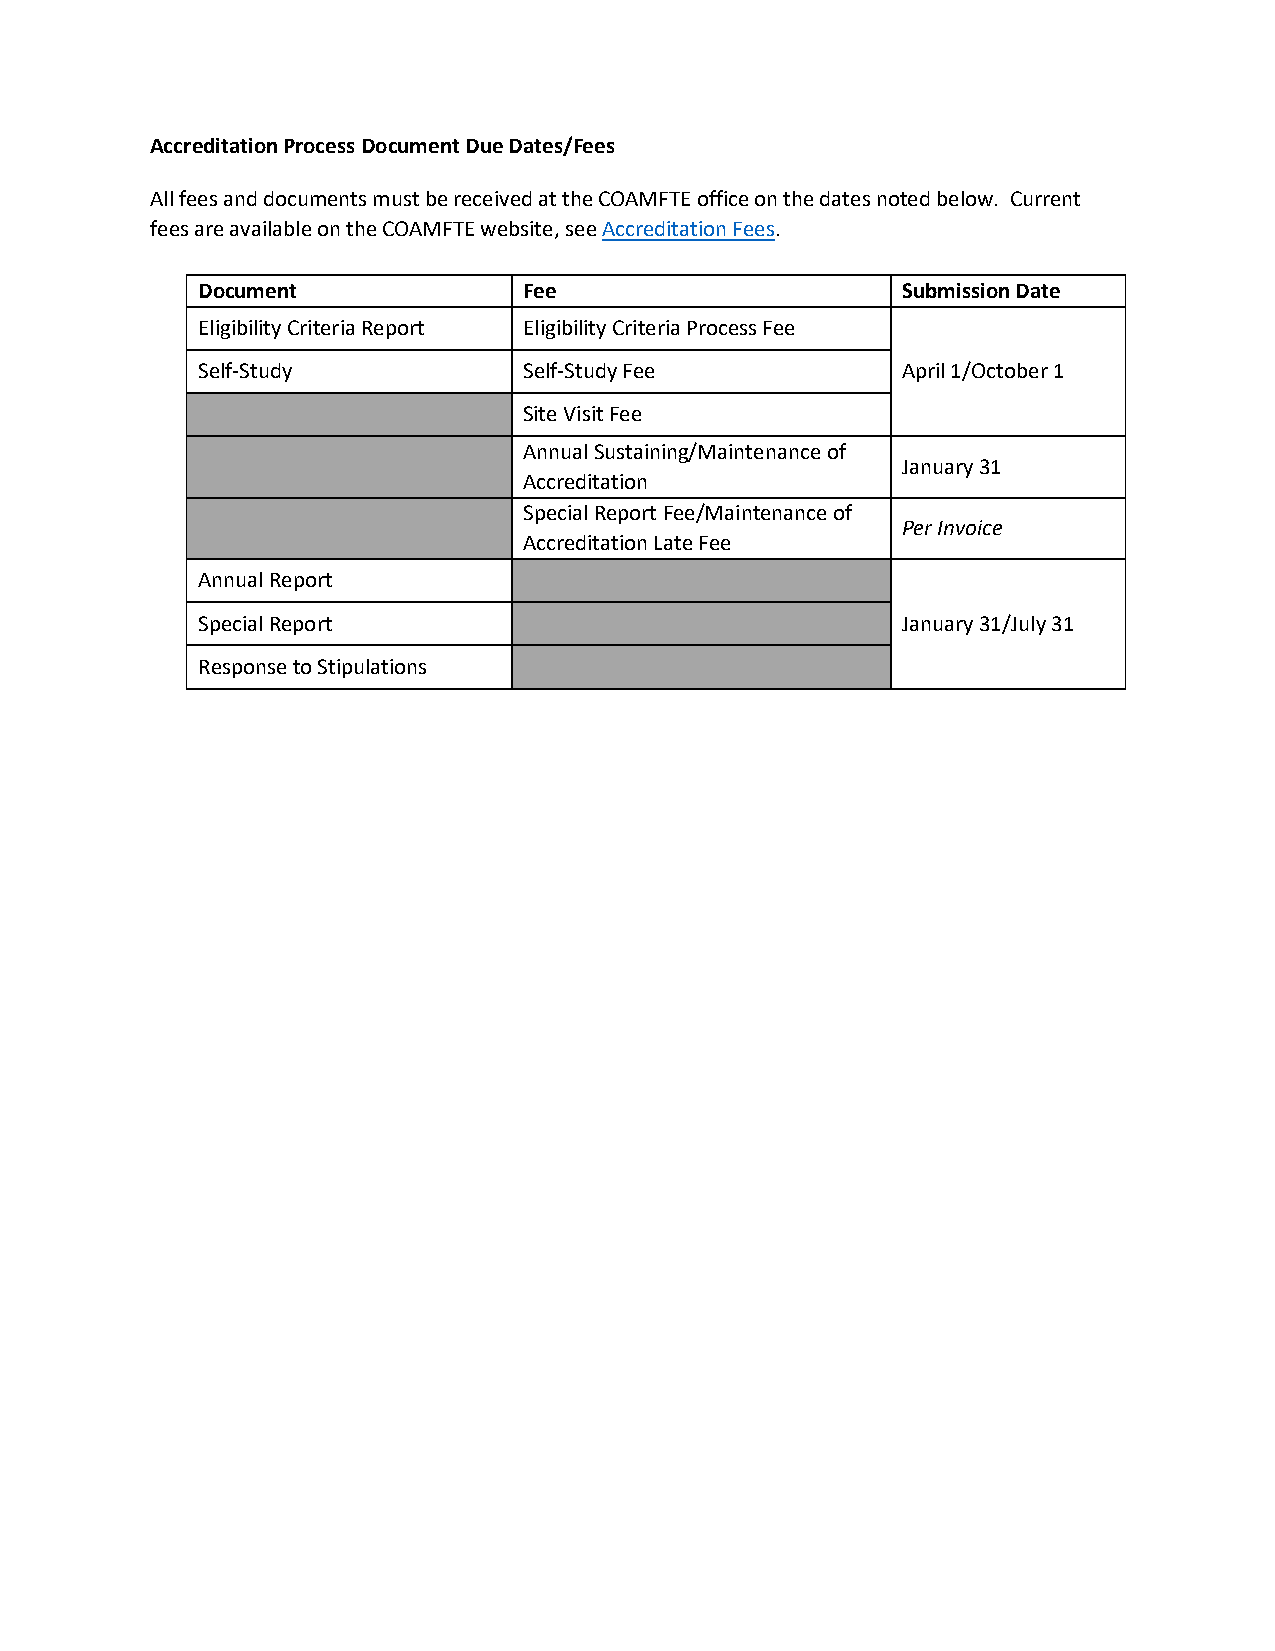
Accreditation Process Document Due Dates/Fees
 All fees and documents must be received at the COAMFTE office on the dates noted below. Current
 fees are available on the COAMFTE website, see Accreditation Fees.
 Document              Fee                      Submission Date
 Eligibility Criteria Report Eligibility Criteria Process Fee
 Self-Study            Self-Study Fee           April 1/October 1
 Site Visit Fee
 Annual Sustaining/Maintenance of
 January 31
 Accreditation
 Special Report Fee/Maintenance of
 Per Invoice
 Accreditation Late Fee
 Annual Report
 Special Report                                 January 31/July 31
 Response to Stipulations